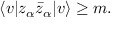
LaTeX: \langle v | z _ { \alpha } \bar { z } _ { \alpha } | v \rangle \geq m .